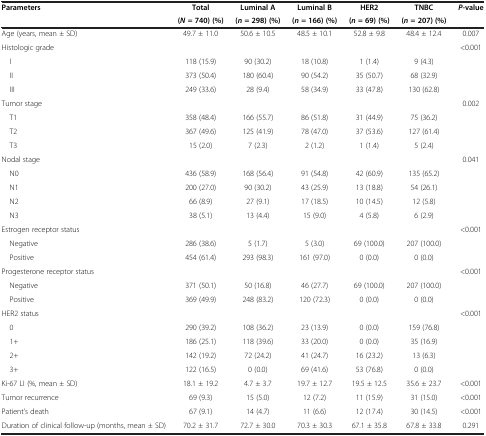
<table><thead><tr><td rowspan="2"><b>Parameters</b></td><td><b>Total</b></td><td><b>Luminal A</b></td><td><b>Luminal B</b></td><td><b>HER2</b></td><td><b>TNBC</b></td><td rowspan="2"><b><i>P</i>-value</b></td></tr><tr><td><b>(<i>N </i>= 740) (%)</b></td><td><b>(<i>n </i>= 298) (%)</b></td><td><b>(<i>n </i>= 166) (%)</b></td><td><b>(<i>n </i>= 69) (%)</b></td><td><b>(<i>n </i>= 207) (%)</b></td></tr></thead><tbody><tr><td>Age (years, mean ± SD)</td><td>49.7 ± 11.0</td><td>50.6 ± 10.5</td><td>48.5 ± 10.1</td><td>52.8 ± 9.8</td><td>48.4 ± 12.4</td><td>0.007</td></tr><tr><td>Histologic grade</td><td> </td><td> </td><td> </td><td> </td><td> </td><td>&lt;0.001</td></tr><tr><td> I</td><td>118 (15.9)</td><td>90 (30.2)</td><td>18 (10.8)</td><td>1 (1.4)</td><td>9 (4.3)</td><td> </td></tr><tr><td> II</td><td>373 (50.4)</td><td>180 (60.4)</td><td>90 (54.2)</td><td>35 (50.7)</td><td>68 (32.9)</td><td> </td></tr><tr><td> III</td><td>249 (33.6)</td><td>28 (9.4)</td><td>58 (34.9)</td><td>33 (47.8)</td><td>130 (62.8)</td><td> </td></tr><tr><td>Tumor stage</td><td> </td><td> </td><td> </td><td> </td><td> </td><td>0.002</td></tr><tr><td> T1</td><td>358 (48.4)</td><td>166 (55.7)</td><td>86 (51.8)</td><td>31 (44.9)</td><td>75 (36.2)</td><td> </td></tr><tr><td> T2</td><td>367 (49.6)</td><td>125 (41.9)</td><td>78 (47.0)</td><td>37 (53.6)</td><td>127 (61.4)</td><td> </td></tr><tr><td> T3</td><td>15 (2.0)</td><td>7 (2.3)</td><td>2 (1.2)</td><td>1 (1.4)</td><td>5 (2.4)</td><td> </td></tr><tr><td>Nodal stage</td><td> </td><td> </td><td> </td><td> </td><td> </td><td>0.041</td></tr><tr><td> N0</td><td>436 (58.9)</td><td>168 (56.4)</td><td>91 (54.8)</td><td>42 (60.9)</td><td>135 (65.2)</td><td> </td></tr><tr><td> N1</td><td>200 (27.0)</td><td>90 (30.2)</td><td>43 (25.9)</td><td>13 (18.8)</td><td>54 (26.1)</td><td> </td></tr><tr><td> N2</td><td>66 (8.9)</td><td>27 (9.1)</td><td>17 (18.5)</td><td>10 (14.5)</td><td>12 (5.8)</td><td> </td></tr><tr><td> N3</td><td>38 (5.1)</td><td>13 (4.4)</td><td>15 (9.0)</td><td>4 (5.8)</td><td>6 (2.9)</td><td> </td></tr><tr><td>Estrogen receptor status</td><td> </td><td> </td><td> </td><td> </td><td> </td><td>&lt;0.001</td></tr><tr><td> Negative</td><td>286 (38.6)</td><td>5 (1.7)</td><td>5 (3.0)</td><td>69 (100.0)</td><td>207 (100.0)</td><td> </td></tr><tr><td> Positive</td><td>454 (61.4)</td><td>293 (98.3)</td><td>161 (97.0)</td><td>0 (0.0)</td><td>0 (0.0)</td><td> </td></tr><tr><td>Progesterone receptor status</td><td> </td><td> </td><td> </td><td> </td><td> </td><td>&lt;0.001</td></tr><tr><td> Negative</td><td>371 (50.1)</td><td>50 (16.8)</td><td>46 (27.7)</td><td>69 (100.0)</td><td>207 (100.0)</td><td> </td></tr><tr><td> Positive</td><td>369 (49.9)</td><td>248 (83.2)</td><td>120 (72.3)</td><td>0 (0.0)</td><td>0 (0.0)</td><td> </td></tr><tr><td>HER2 status</td><td> </td><td> </td><td> </td><td> </td><td> </td><td>&lt;0.001</td></tr><tr><td> 0</td><td>290 (39.2)</td><td>108 (36.2)</td><td>23 (13.9)</td><td>0 (0.0)</td><td>159 (76.8)</td><td> </td></tr><tr><td> 1+</td><td>186 (25.1)</td><td>118 (39.6)</td><td>33 (20.0)</td><td>0 (0.0)</td><td>35 (16.9)</td><td> </td></tr><tr><td> 2+</td><td>142 (19.2)</td><td>72 (24.2)</td><td>41 (24.7)</td><td>16 (23.2)</td><td>13 (6.3)</td><td> </td></tr><tr><td> 3+</td><td>122 (16.5)</td><td>0 (0.0)</td><td>69 (41.6)</td><td>53 (76.8)</td><td>0 (0.0)</td><td> </td></tr><tr><td>Ki-67 LI (%, mean ± SD)</td><td>18.1 ± 19.2</td><td>4.7 ± 3.7</td><td>19.7 ± 12.7</td><td>19.5 ± 12.5</td><td>35.6 ± 23.7</td><td>&lt;0.001</td></tr><tr><td>Tumor recurrence</td><td>69 (9.3)</td><td>15 (5.0)</td><td>12 (7.2)</td><td>11 (15.9)</td><td>31 (15.0)</td><td>&lt;0.001</td></tr><tr><td>Patient’s death</td><td>67 (9.1)</td><td>14 (4.7)</td><td>11 (6.6)</td><td>12 (17.4)</td><td>30 (14.5)</td><td>&lt;0.001</td></tr><tr><td>Duration of clinical follow-up (months, mean ± SD)</td><td>70.2 ± 31.7</td><td>72.7 ± 30.0</td><td>70.3 ± 30.3</td><td>67.1 ± 35.8</td><td>67.8 ± 33.8</td><td>0.291</td></tr></tbody></table>